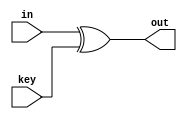
`timescale 1ns / 1ps
//////////////////////////////////////////////////////////////////////////////////
// Company: 
// Engineer: 
// 
// Design Name: 
// Module Name: AddRoundKey
// Project Name: 
// Target Devices: 
// Tool Versions: 
// Description: 
// 
// Dependencies: 
// 
// Revision:
// Revision 0.01 - File Created
// Additional Comments:
// 
//////////////////////////////////////////////////////////////////////////////////


module AddRoundKey(in,key,out);
input [0:127]in,key;
output reg [0:127]out;
always@* out=in^key;
endmodule